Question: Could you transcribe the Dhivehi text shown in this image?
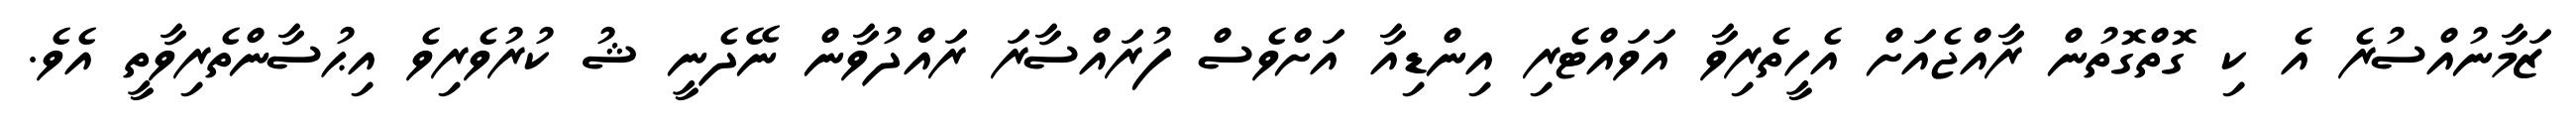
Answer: ޒަމާނުއްސުރެ އެ ކި ގޮތްގޮތުން ރާއްޖެއަށް އެހީތެރިވާ އަވައްޓެރި އިންޑިއާ އަށްވެސް ފުރައްސާރަ ރައްދުވާން ނޭދެނީ ޝު ކުރުވެރިވެ އިޙުސާންތެރިވާތީ އެވެ.